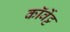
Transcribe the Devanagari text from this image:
कॉर्वेट्ट